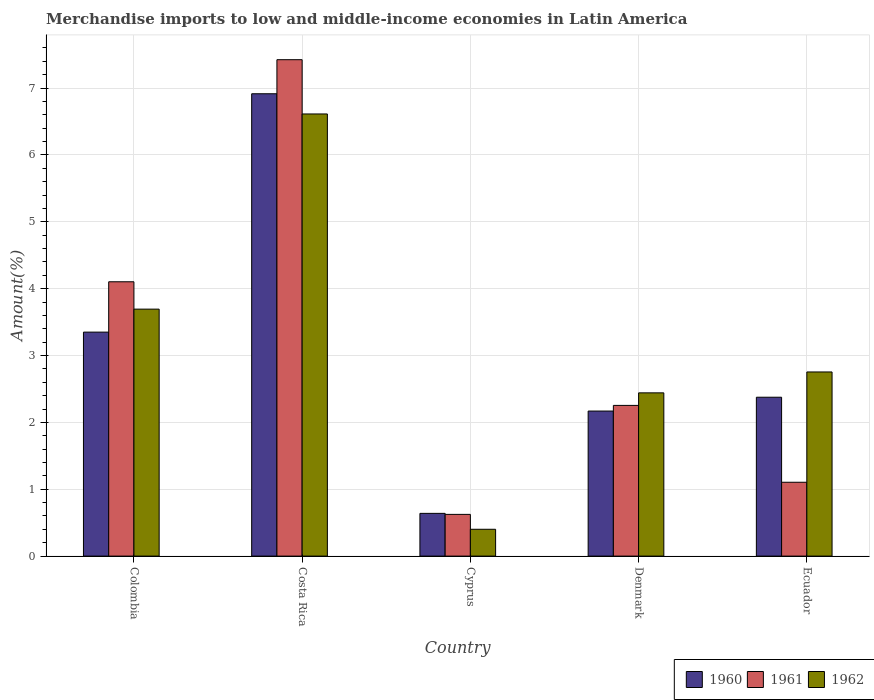
| Country | 1960 | 1961 | 1962 |
 | --- | --- | --- | --- |
 | Colombia | 3.35 | 4.1 | 3.69 |
 | Costa Rica | 6.92 | 7.42 | 6.61 |
 | Cyprus | 0.639 | 0.624 | 0.401 |
 | Denmark | 2.17 | 2.25 | 2.44 |
 | Ecuador | 2.38 | 1.1 | 2.75 |